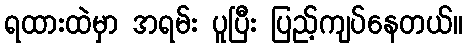
ရထားထဲမှာ အရမ်း ပူပြီး ပြည့်ကျပ်နေတယ်။